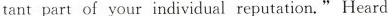
tant part of your individual reputation."Heard